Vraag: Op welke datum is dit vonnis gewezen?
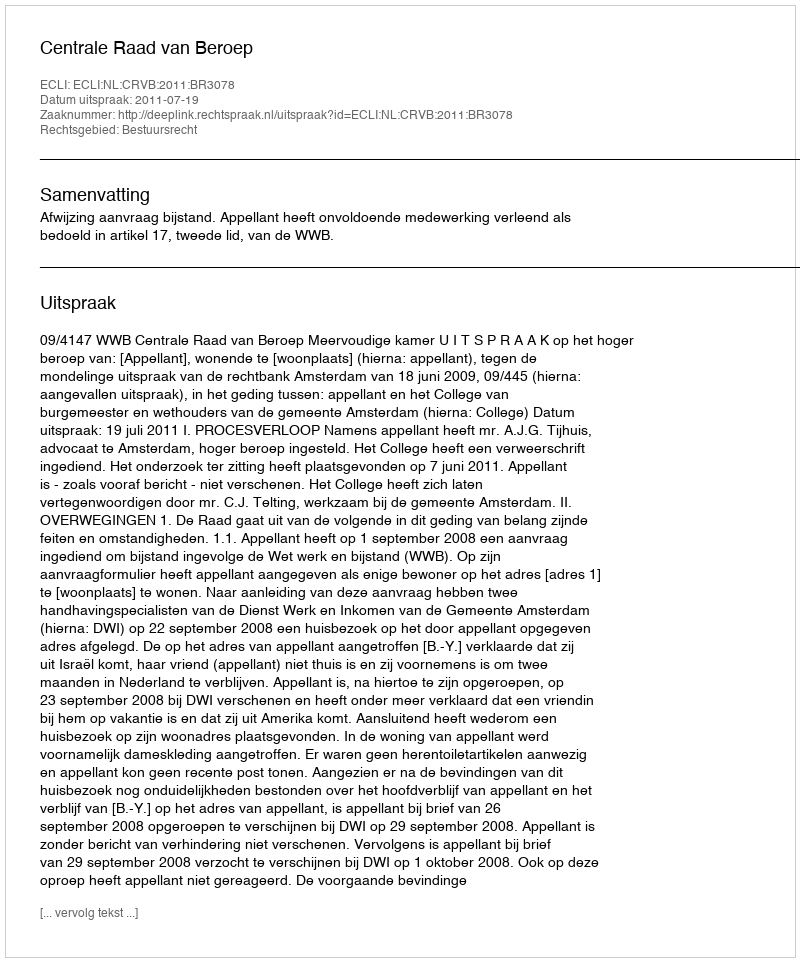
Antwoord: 2011-07-19